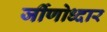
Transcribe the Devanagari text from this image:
र्जीणोध्दार